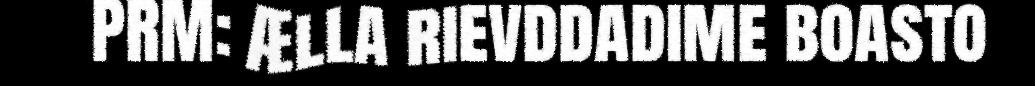
PRM: Ælla rievddadime boasto